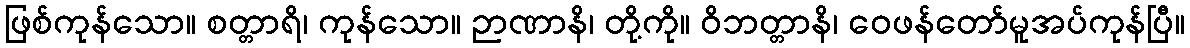
ဖြစ်ကုန်သော။ စတ္တာရိ၊ ကုန်သော။ ဉာဏာနိ၊ တို့ကို။ ဝိဘတ္တာနိ၊ ဝေဖန်တော်မူအပ်ကုန်ပြီ။